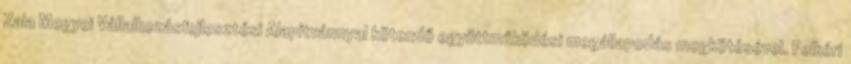
Zala Megyei Vállalkozásfejlesztési Alapítvánnyal kötendő együttműködési megállapodás megkötésével. Felkéri